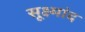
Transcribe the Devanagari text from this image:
सूक्ष्मांद